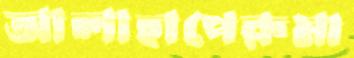
আলাহাপেরুমা